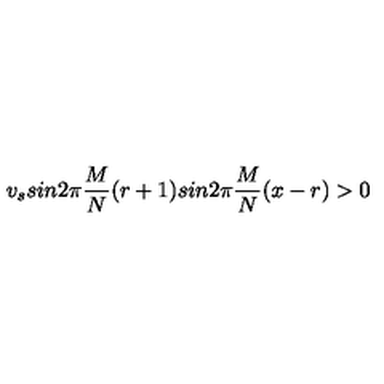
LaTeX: v _ { s } s i n 2 \pi \frac { M } { N } ( r + 1 ) s i n 2 \pi \frac { M } { N } ( x - r ) > 0